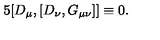
5 [ D _ { \mu } , [ D _ { \nu } , G _ { \mu \nu } ] ] \equiv 0 .